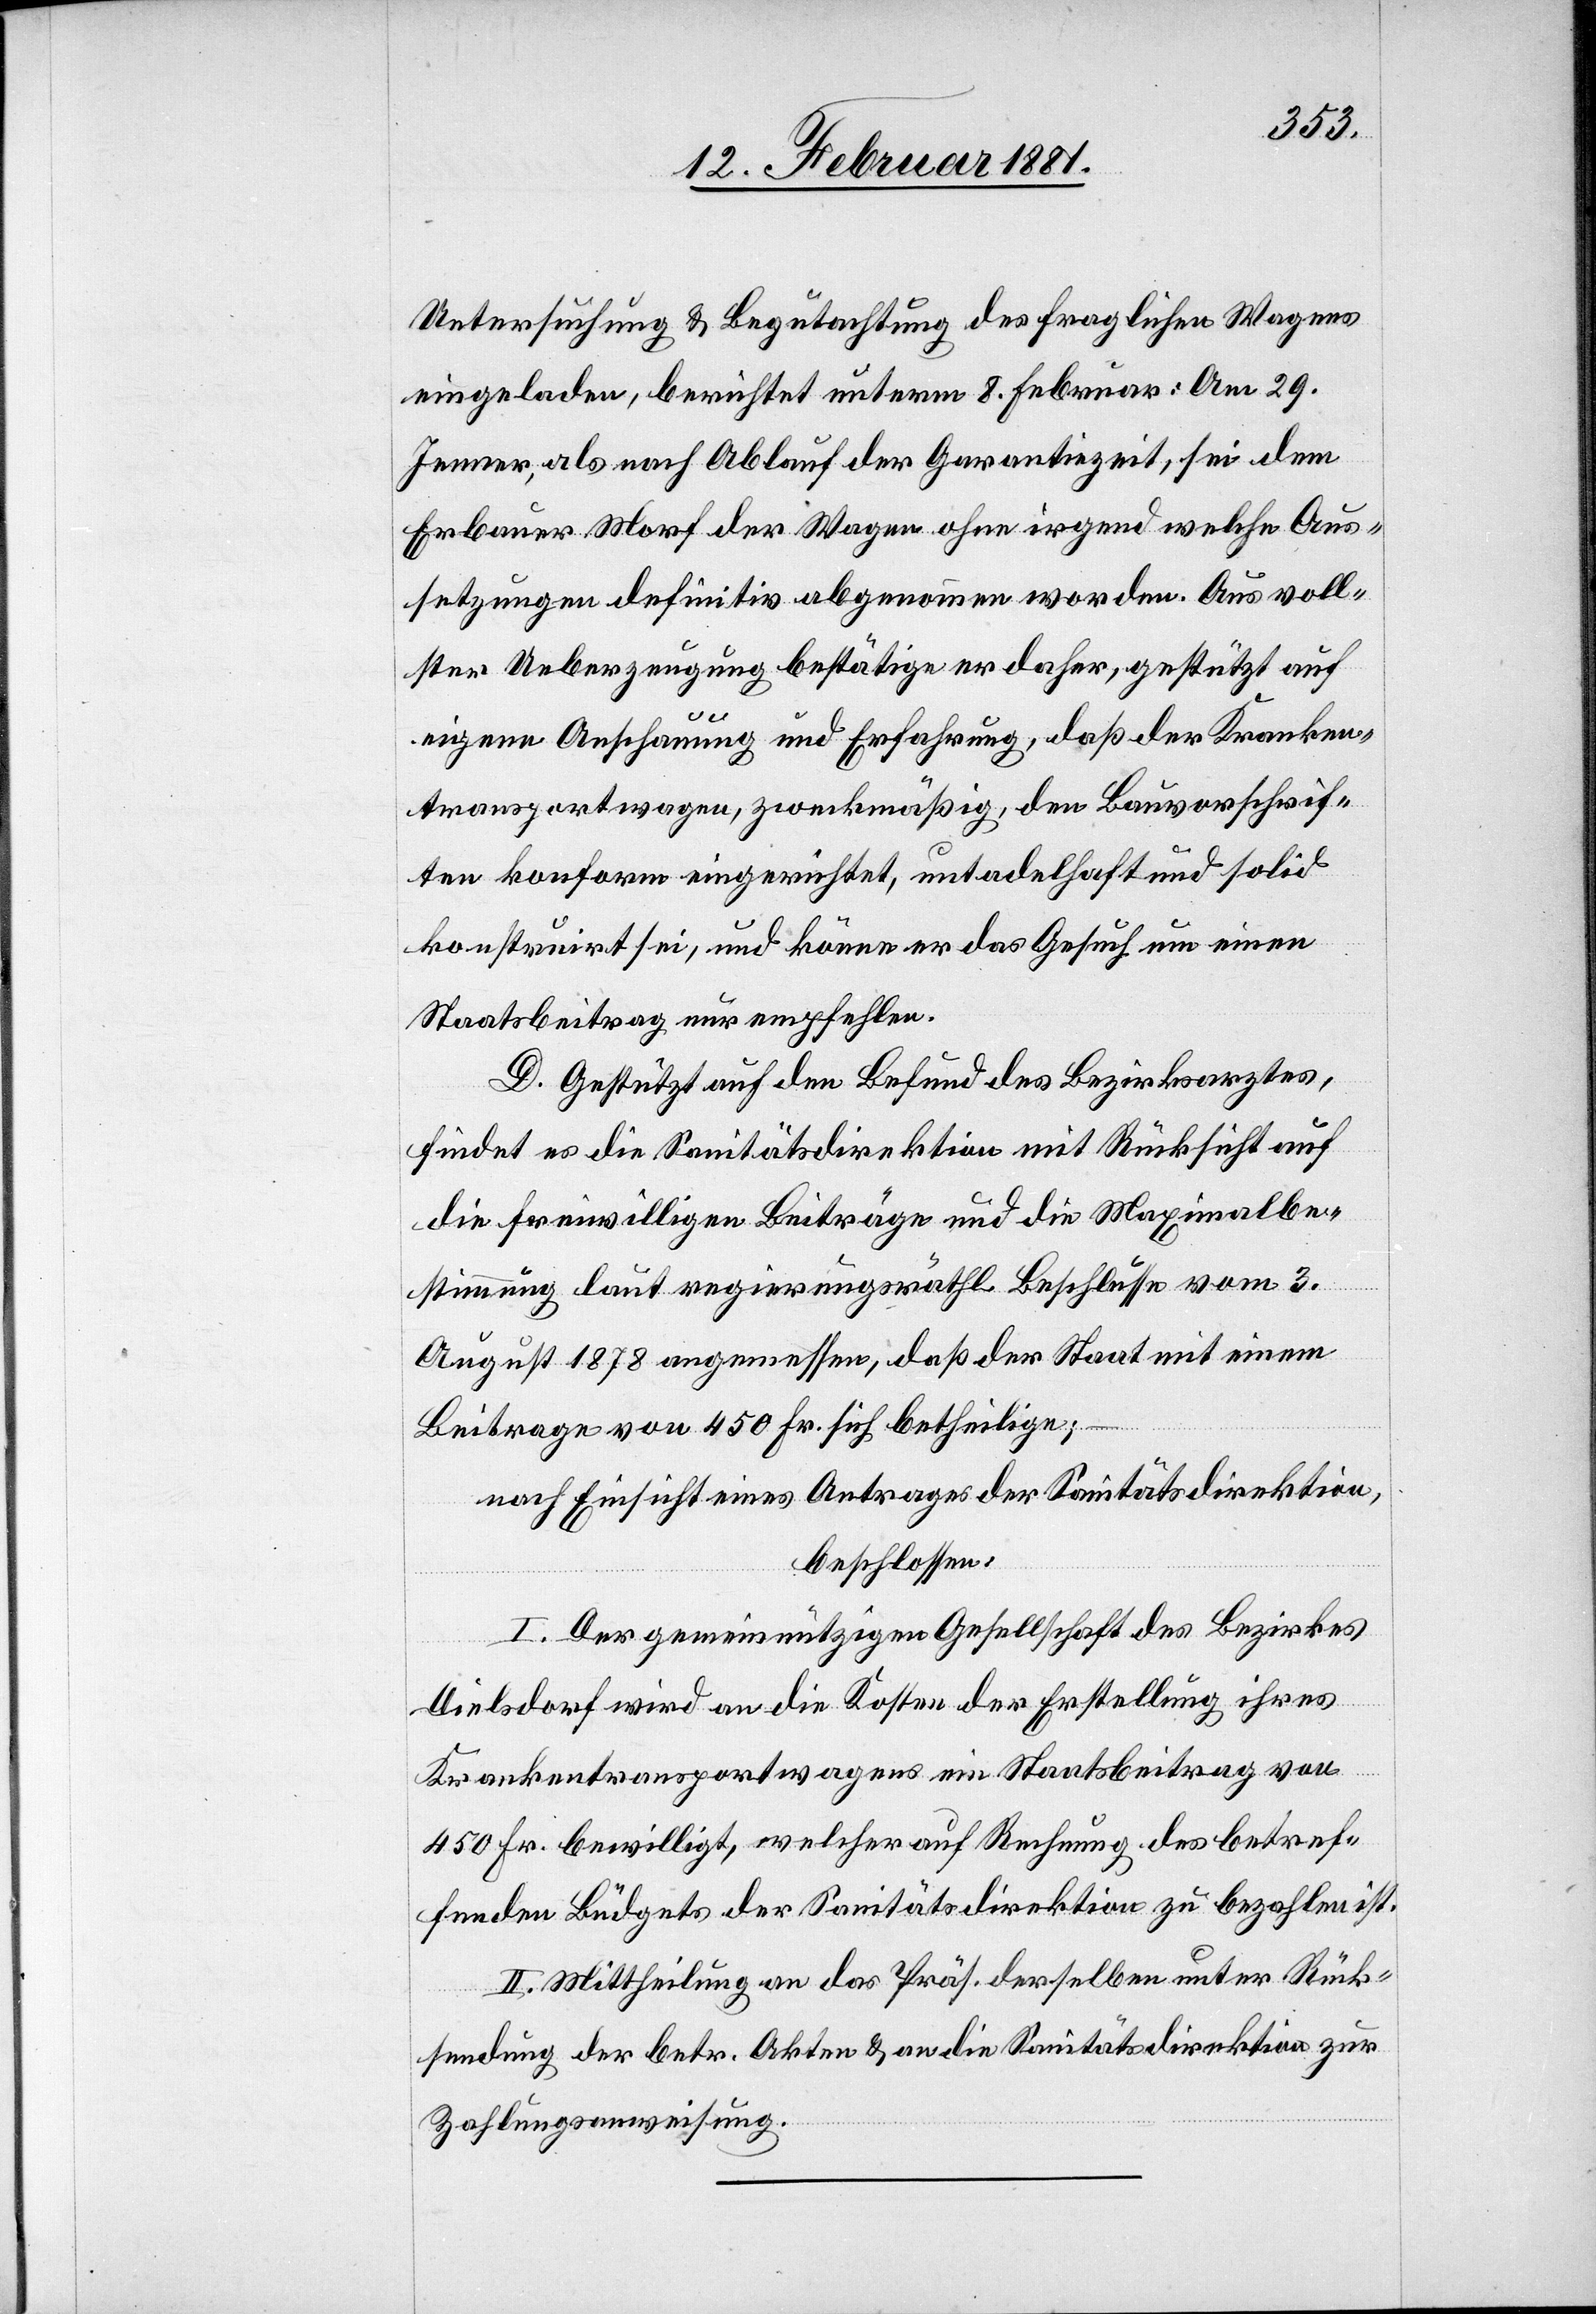
Untersuchung & Begutachtung des fraglichen Wagens
eingeladen, berichtet unterm 8.Februar: Am 29.
Jenner, als nach Ablauf der Garantiezeit, sei dem
Erbauer Morf der Wagen ohne irgend welche Aus¬
setzungen definitiv abgenommen worden. Aus voll¬
ster Ueberzeugung bestätige er daher, gestützt auf
eigene Anschauung und Erfahrung, daß der Kranken¬
transportwagen zweckmäßig, den Bauvorschrif¬
ten konform eigerichtet, untadelhaft und solid
konstruirt sei, und könne er das Gesuch um einen
Staatsbeitrag nur empfehlen.
D. Gestützt auf den Befund des Bezirksarztes,
findet es die Sanitätsdirektion mit Rücksicht auf
die freiwilligen Beiträge und die Maximalbe¬
stimmung laut regierungsräthl. Beschlusse vom 3.
August 1878 angemessen, daß der Staat mit einem
Beitrage von 450 Fr. sich betheilige;
nach Einsicht eines Antrages der Sanitätsdirektion,
beschlossen:
I. Der gemeinnützigen Gesellschaft des Bezirkes
Dielsdorf wird an die Kosten der Erstellung ihres
Krankentransportwagens ein Staatsbeitrag von
450 Fr. bewilligt, welcher auf Rechnung des betref¬
fenden Büdgets der Sanitätsdirektion zu bezahlen ist.
II. Mittheilung an das Präs. derselben unter Rück¬
sendung der betr. Akten & an die Sanitätsdirektion zur
Zahlungsanweisung.